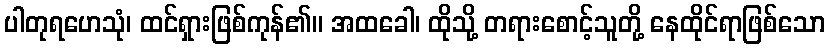
ပါတုရဟေသုံ၊ ထင်ရှားဖြစ်ကုန်၏။ အထခေါ၊ ထိုသို့ တရားစောင့်သူတို့ နေထိုင်ရာဖြစ်သော